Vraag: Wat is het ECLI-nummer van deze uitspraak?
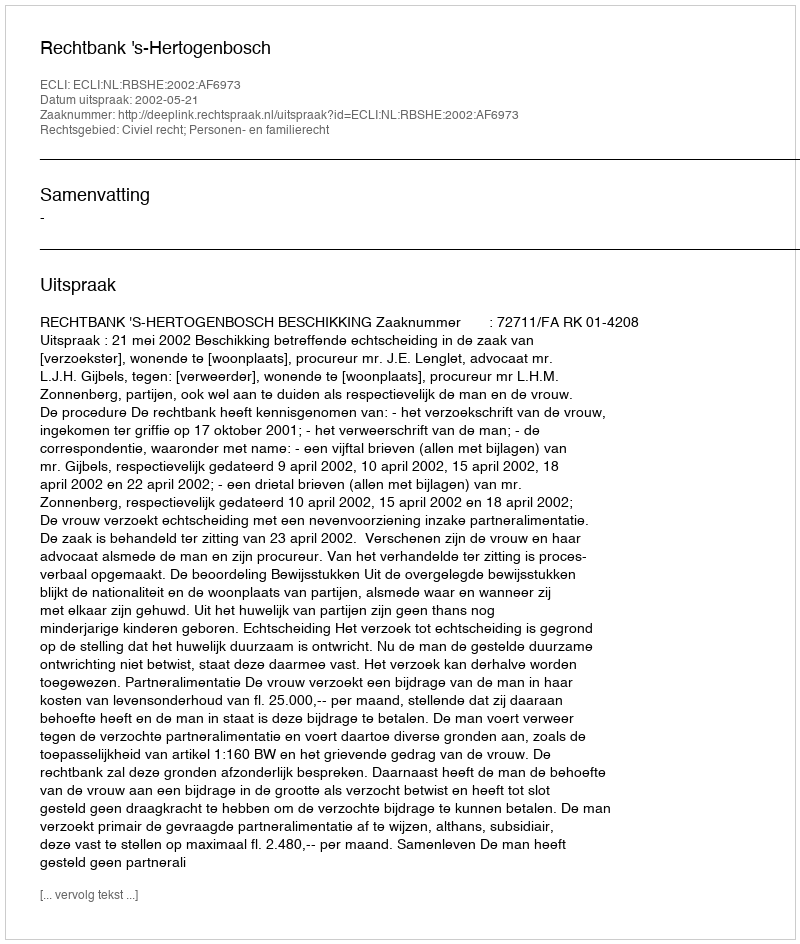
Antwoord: ECLI:NL:RBSHE:2002:AF6973